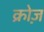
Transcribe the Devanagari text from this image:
क्रोज़